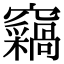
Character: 𫞺